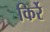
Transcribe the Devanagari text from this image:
किर्रे